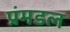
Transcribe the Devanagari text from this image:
प्रंमडल